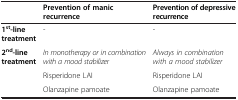
<table><thead><tr><td><b> </b></td><td><b>Prevention of manic recurrence</b></td><td><b>Prevention of depressive recurrence</b></td></tr></thead><tbody><tr><td><b>1</b><sup><b>st</b></sup><b>-line treatment</b></td><td>-</td><td>-</td></tr><tr><td rowspan="3"><b>2</b><sup><b>nd</b></sup><b>-line treatment</b></td><td><i>In monotherapy or in combination with a mood stabilizer</i></td><td><i>Always in combination with a mood stabilizer</i></td></tr><tr><td>Risperidone LAI</td><td>Risperidone LAI</td></tr><tr><td>Olanzapine pamoate</td><td>Olanzapine pamoate</td></tr></tbody></table>